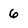
Character: 6